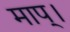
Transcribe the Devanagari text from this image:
माप्।